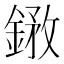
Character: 𨩺